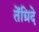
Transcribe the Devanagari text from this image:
तेंग्रिदे